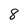
Character: 8